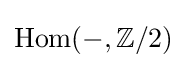
{\text{Hom}}(-,\mathbb {Z} /2)